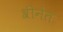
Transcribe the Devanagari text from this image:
श्रीनेत